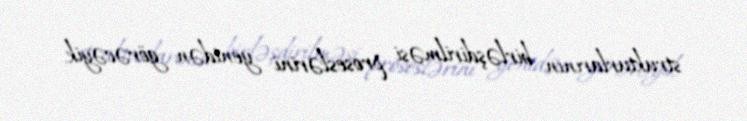
strukturlarının birləşdirilməsi proseslərini yenidən görəcəyik.